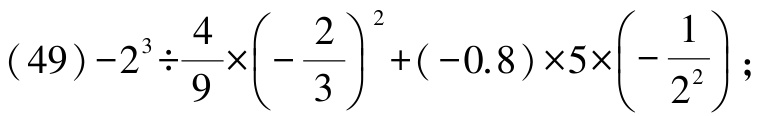
\((49)-2^{3}\div\frac{4}{9}\times\left(-\frac{2}{3}\right)^{2}+(-0.8)\times5\times\left(-\frac{1}{2^{2}}\right);\)